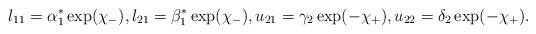
LaTeX: \begin{gather*}l_{11}=\alpha_1^*\exp(\chi_-), l_{21}=\beta_1^*\exp(\chi_-), u_{21}=\gamma_2\exp(-\chi_+),u_{22}=\delta_2\exp(-\chi_+).\end{gather*}